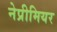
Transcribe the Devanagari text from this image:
नेप्रीमियर